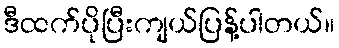
ဒီထက်ပိုပြီးကျယ်ပြန့်ပါတယ်။